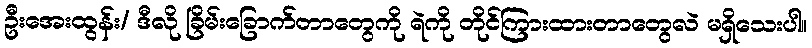
ဦးအေးထွန်း/ ဒီလို ခြိမ်းခြောက်တာတွေကို ရဲကို တိုင်ကြားထားတာတွေလဲ မရှိသေးပါ။